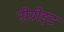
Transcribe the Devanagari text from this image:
नीग्रोइड